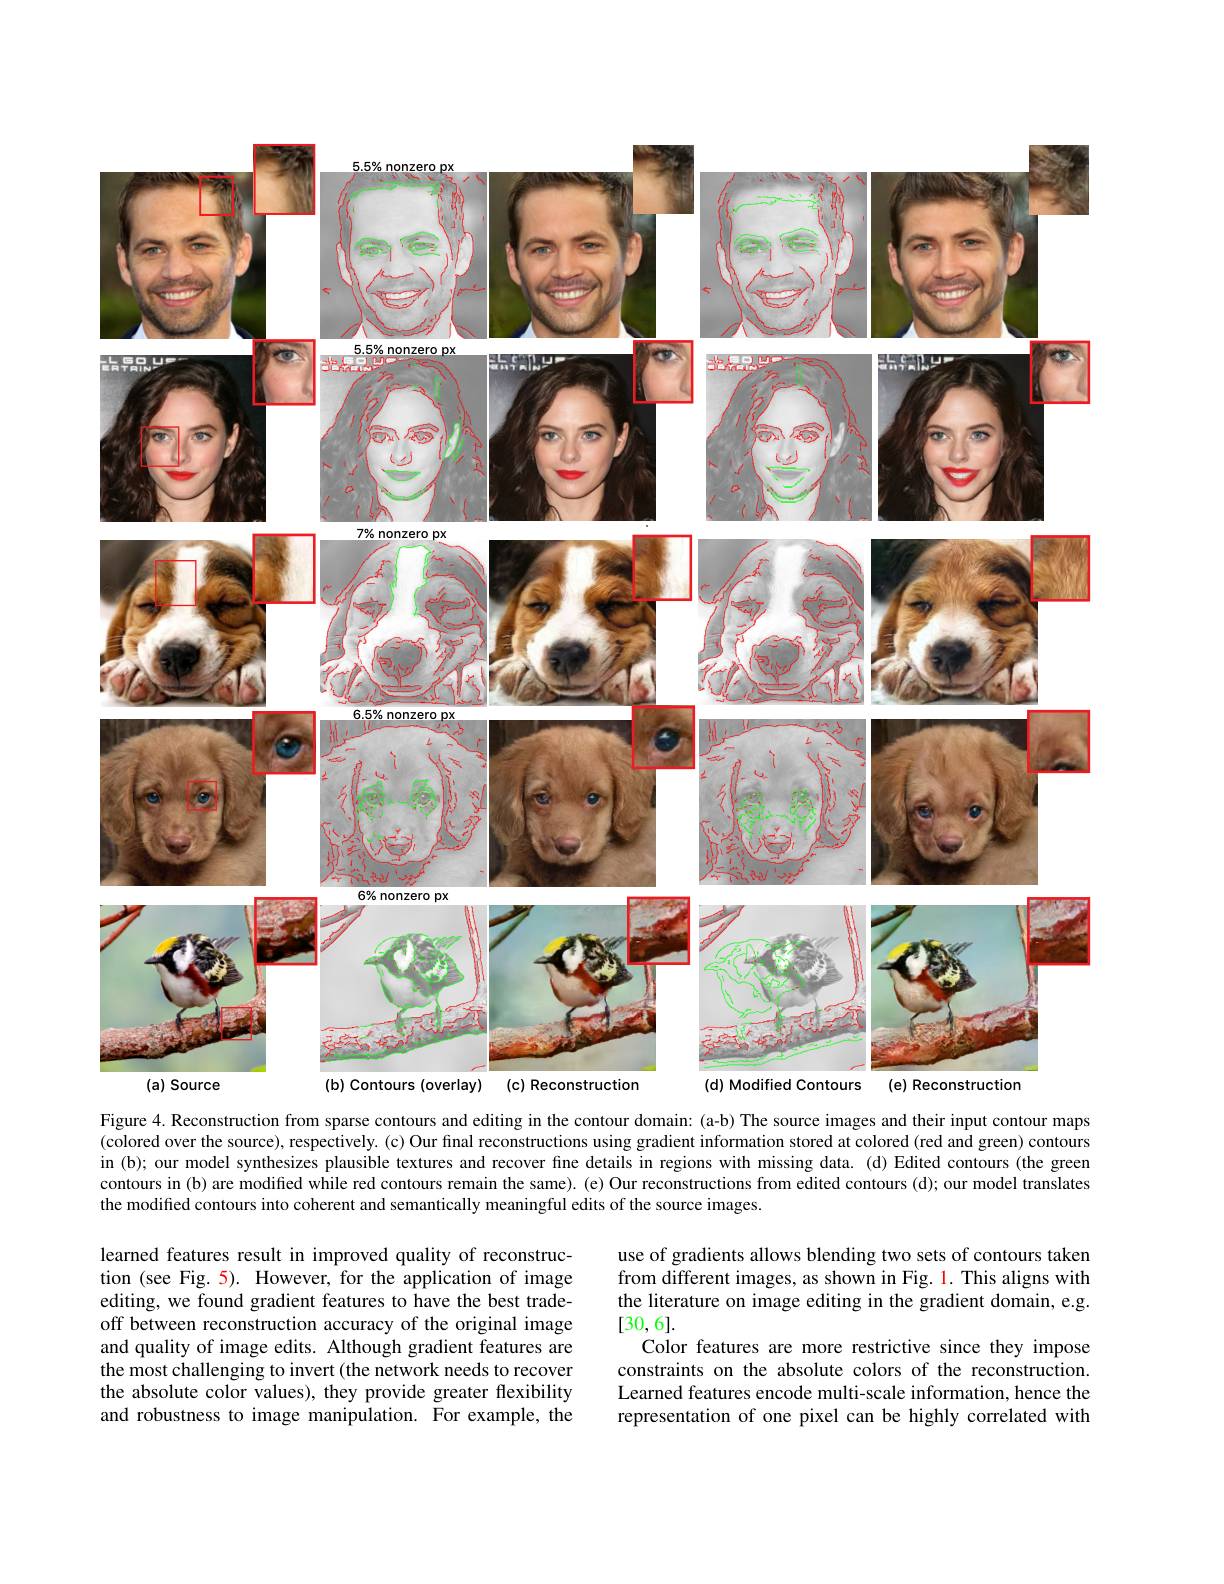
<FigureHere>
(c) Reconstruction
(d) Modified Contours

Figure 4. Reconstruction from sparse contours and editing in the contour domain: (a-b) The source images and their input contour maps (colored over the source), respectively. (c) Our final reconstructions using gradient information stored at colored (red and green) contours in (b); our model synthesizes plausible textures and recover fine details in regions with missing data. (d) Edited contours (the green contours in (b) are modified while red contours remain the same). (e) Our reconstructions from edited contours (d); our model translates the modified contours into coherent and semantically meaningful edits of the source images.

learned features result in improved quality of reconstruction (see Fig. 5). However, for the application of image editing, we found gradient features to have the best tradeoff between reconstruction accuracy of the original image and quality of image edits. Although gradient features are the most challenging to invert (the network needs to recover the absolute color values), they provide greater flexibility and robustness to image manipulation. For example, the

use of gradients allows blending two sets of contours taken from different images, as shown in Fig. 1. This aligns with the literature on image editing in the gradient domain, e.g. [30,6].
Color features are more restrictive since they impose constraints on the absolute colors of the reconstruction. Learned features encode multi-scale information, hence the representation of one pixel can be highly correlated with